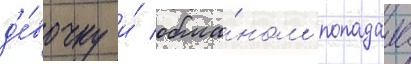
д'е́вочку и́ обма́ном попадала